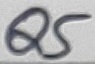
Text: Q5